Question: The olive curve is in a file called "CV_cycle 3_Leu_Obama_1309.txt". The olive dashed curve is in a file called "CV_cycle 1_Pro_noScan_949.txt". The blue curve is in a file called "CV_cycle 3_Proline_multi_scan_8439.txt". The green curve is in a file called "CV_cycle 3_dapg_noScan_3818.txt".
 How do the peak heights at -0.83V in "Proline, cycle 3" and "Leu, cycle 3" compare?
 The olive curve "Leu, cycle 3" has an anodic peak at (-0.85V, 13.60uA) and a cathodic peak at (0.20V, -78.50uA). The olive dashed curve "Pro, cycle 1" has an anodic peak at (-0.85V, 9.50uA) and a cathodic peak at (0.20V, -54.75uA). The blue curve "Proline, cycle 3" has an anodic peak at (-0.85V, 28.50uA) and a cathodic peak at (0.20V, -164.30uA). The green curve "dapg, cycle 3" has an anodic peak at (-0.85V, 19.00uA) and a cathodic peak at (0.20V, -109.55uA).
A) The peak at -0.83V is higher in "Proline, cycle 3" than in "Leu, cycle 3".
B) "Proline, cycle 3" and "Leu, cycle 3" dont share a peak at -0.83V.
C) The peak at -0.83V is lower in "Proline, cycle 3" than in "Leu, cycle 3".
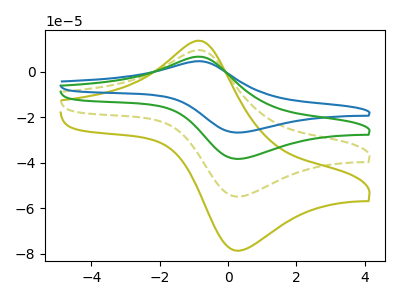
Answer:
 <answer>A) The peak at -0.83V is higher in "Proline, cycle 3" than in "Leu, cycle 3".</answer>
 <eval>A</eval>